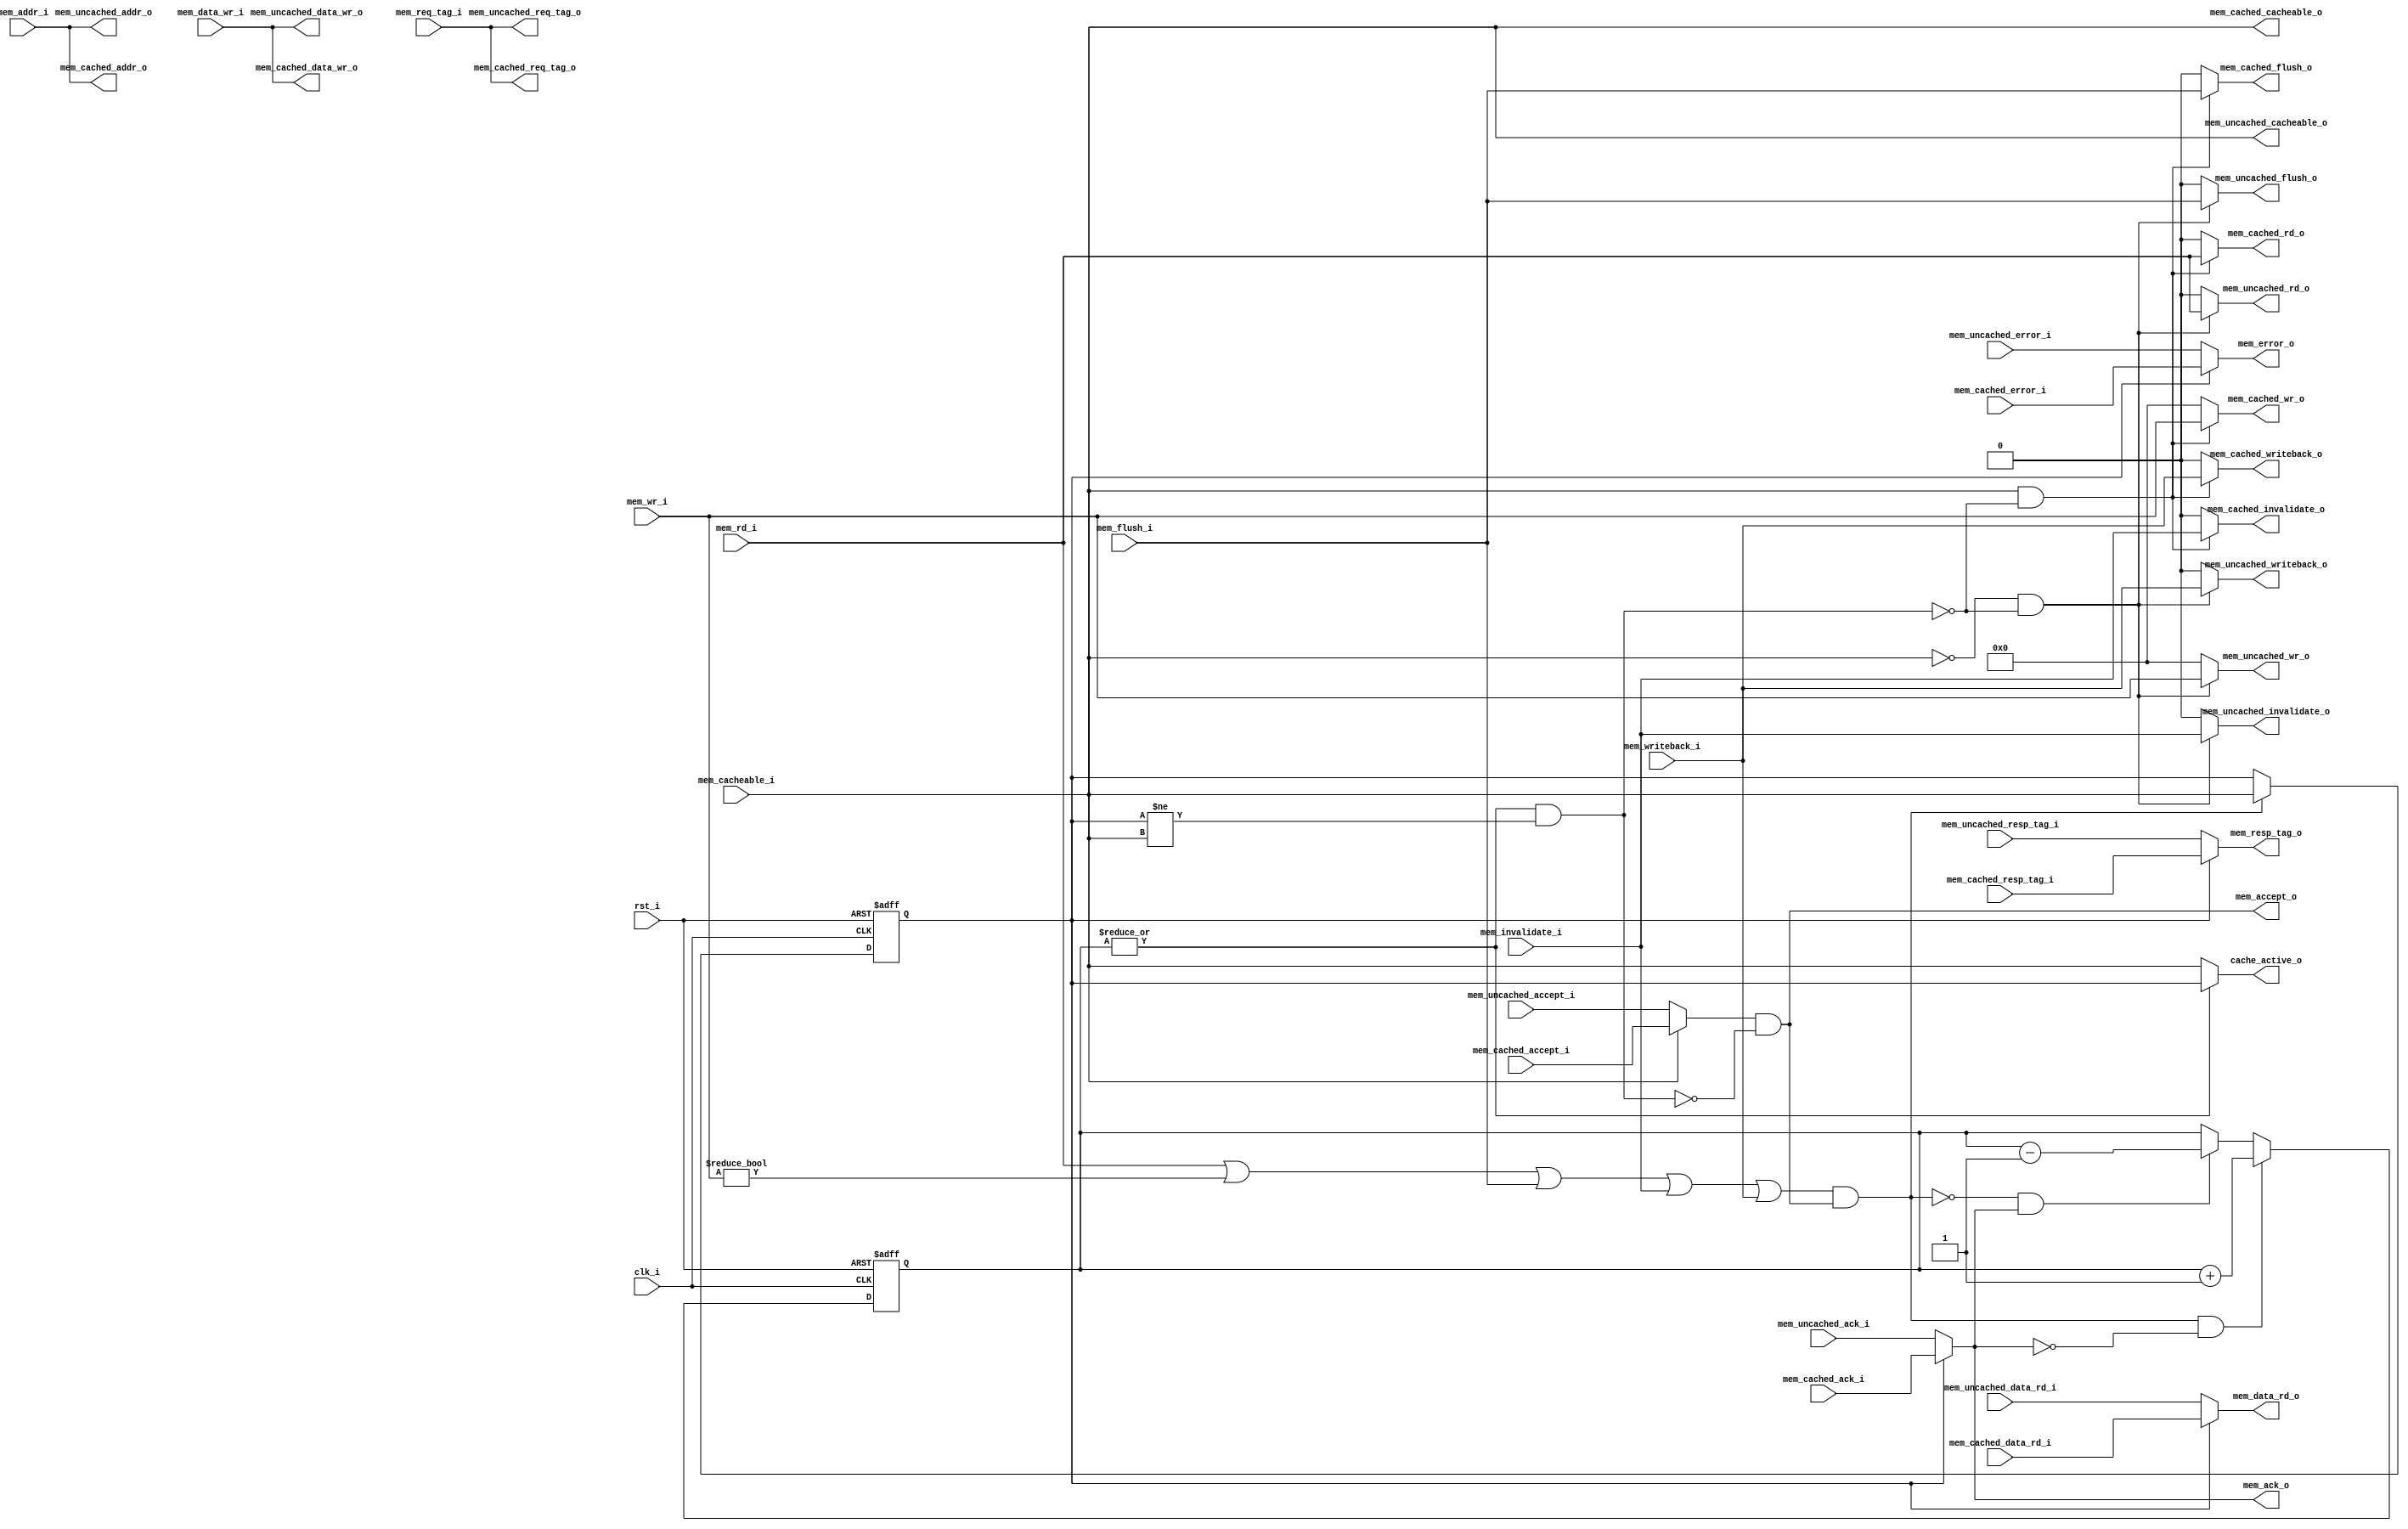
//-----------------------------------------------------------------
//                         biRISC-V CPU
//                            V0.6.0
//                     Ultra-Embedded.com
//                     Copyright 2019-2020
//
//                   admin@ultra-embedded.com
//
//                     License: Apache 2.0
//-----------------------------------------------------------------
// Copyright 2020 Ultra-Embedded.com
// 
// Licensed under the Apache License, Version 2.0 (the "License");
// you may not use this file except in compliance with the License.
// You may obtain a copy of the License at
// 
//     http://www.apache.org/licenses/LICENSE-2.0
// 
// Unless required by applicable law or agreed to in writing, software
// distributed under the License is distributed on an "AS IS" BASIS,
// WITHOUT WARRANTIES OR CONDITIONS OF ANY KIND, either express or implied.
// See the License for the specific language governing permissions and
// limitations under the License.
//-----------------------------------------------------------------

module dcache_mux
(
    // Inputs
     input           clk_i
    ,input           rst_i
    ,input  [ 31:0]  mem_addr_i
    ,input  [ 31:0]  mem_data_wr_i
    ,input           mem_rd_i
    ,input  [  3:0]  mem_wr_i
    ,input           mem_cacheable_i
    ,input  [ 10:0]  mem_req_tag_i
    ,input           mem_invalidate_i
    ,input           mem_writeback_i
    ,input           mem_flush_i
    ,input  [ 31:0]  mem_cached_data_rd_i
    ,input           mem_cached_accept_i
    ,input           mem_cached_ack_i
    ,input           mem_cached_error_i
    ,input  [ 10:0]  mem_cached_resp_tag_i
    ,input  [ 31:0]  mem_uncached_data_rd_i
    ,input           mem_uncached_accept_i
    ,input           mem_uncached_ack_i
    ,input           mem_uncached_error_i
    ,input  [ 10:0]  mem_uncached_resp_tag_i

    // Outputs
    ,output [ 31:0]  mem_data_rd_o
    ,output          mem_accept_o
    ,output          mem_ack_o
    ,output          mem_error_o
    ,output [ 10:0]  mem_resp_tag_o
    ,output [ 31:0]  mem_cached_addr_o
    ,output [ 31:0]  mem_cached_data_wr_o
    ,output          mem_cached_rd_o
    ,output [  3:0]  mem_cached_wr_o
    ,output          mem_cached_cacheable_o
    ,output [ 10:0]  mem_cached_req_tag_o
    ,output          mem_cached_invalidate_o
    ,output          mem_cached_writeback_o
    ,output          mem_cached_flush_o
    ,output [ 31:0]  mem_uncached_addr_o
    ,output [ 31:0]  mem_uncached_data_wr_o
    ,output          mem_uncached_rd_o
    ,output [  3:0]  mem_uncached_wr_o
    ,output          mem_uncached_cacheable_o
    ,output [ 10:0]  mem_uncached_req_tag_o
    ,output          mem_uncached_invalidate_o
    ,output          mem_uncached_writeback_o
    ,output          mem_uncached_flush_o
    ,output          cache_active_o
);



wire hold_w;
reg  cache_access_q;

assign mem_cached_addr_o         = mem_addr_i;
assign mem_cached_data_wr_o      = mem_data_wr_i;
assign mem_cached_rd_o           = (mem_cacheable_i & ~hold_w) ? mem_rd_i : 1'b0;
assign mem_cached_wr_o           = (mem_cacheable_i & ~hold_w) ? mem_wr_i : 4'b0;
assign mem_cached_cacheable_o    = mem_cacheable_i;
assign mem_cached_req_tag_o      = mem_req_tag_i;
assign mem_cached_invalidate_o   = (mem_cacheable_i & ~hold_w) ? mem_invalidate_i : 1'b0;
assign mem_cached_writeback_o    = (mem_cacheable_i & ~hold_w) ? mem_writeback_i : 1'b0;
assign mem_cached_flush_o        = (mem_cacheable_i & ~hold_w) ? mem_flush_i : 1'b0;

assign mem_uncached_addr_o       = mem_addr_i;
assign mem_uncached_data_wr_o    = mem_data_wr_i;
assign mem_uncached_rd_o         = (~mem_cacheable_i & ~hold_w) ? mem_rd_i : 1'b0;
assign mem_uncached_wr_o         = (~mem_cacheable_i & ~hold_w) ? mem_wr_i : 4'b0;
assign mem_uncached_cacheable_o  = mem_cacheable_i;
assign mem_uncached_req_tag_o    = mem_req_tag_i;
assign mem_uncached_invalidate_o = (~mem_cacheable_i & ~hold_w) ? mem_invalidate_i : 1'b0;
assign mem_uncached_writeback_o  = (~mem_cacheable_i & ~hold_w) ? mem_writeback_i : 1'b0;
assign mem_uncached_flush_o      = (~mem_cacheable_i & ~hold_w) ? mem_flush_i : 1'b0;

assign mem_accept_o              =(mem_cacheable_i ? mem_cached_accept_i  : mem_uncached_accept_i) & !hold_w;
assign mem_data_rd_o             = cache_access_q ? mem_cached_data_rd_i  : mem_uncached_data_rd_i;
assign mem_ack_o                 = cache_access_q ? mem_cached_ack_i      : mem_uncached_ack_i;
assign mem_error_o               = cache_access_q ? mem_cached_error_i    : mem_uncached_error_i;
assign mem_resp_tag_o            = cache_access_q ? mem_cached_resp_tag_i : mem_uncached_resp_tag_i;

wire      request_w              = mem_rd_i | mem_wr_i != 4'b0 | mem_flush_i | mem_invalidate_i | mem_writeback_i;

reg [4:0] pending_r;
reg [4:0] pending_q;
always @ *
begin
    pending_r = pending_q;

    if ((request_w && mem_accept_o) && !mem_ack_o)
        pending_r = pending_r + 5'd1;
    else if (!(request_w && mem_accept_o) && mem_ack_o)
        pending_r = pending_r - 5'd1;
end

always @ (posedge clk_i or posedge rst_i)
if (rst_i)
    pending_q <= 5'b0;
else
    pending_q <= pending_r;

always @ (posedge clk_i or posedge rst_i)
if (rst_i)
    cache_access_q <= 1'b0;
else if (request_w && mem_accept_o)
    cache_access_q <= mem_cacheable_i;

assign hold_w = (|pending_q) && (cache_access_q != mem_cacheable_i);

assign cache_active_o = (|pending_q) ? cache_access_q : mem_cacheable_i;


endmodule